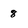
Character: 8